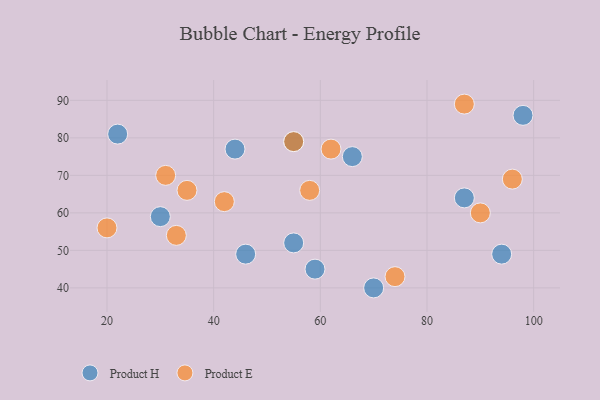
{"axis": {"x": "GDP", "y": "Life Expectancy"}, "legend": ["Product E", "Product H"], "data": [{"x": "30", "y": 59, "type": "Product H"}, {"x": "94", "y": 49, "type": "Product H"}, {"x": "46", "y": 49, "type": "Product H"}, {"x": "66", "y": 75, "type": "Product H"}, {"x": "22", "y": 81, "type": "Product H"}, {"x": "55", "y": 79, "type": "Product H"}, {"x": "55", "y": 52, "type": "Product H"}, {"x": "44", "y": 77, "type": "Product H"}, {"x": "98", "y": 86, "type": "Product H"}, {"x": "87", "y": 64, "type": "Product H"}, {"x": "59", "y": 45, "type": "Product H"}, {"x": "70", "y": 40, "type": "Product H"}, {"x": "55", "y": 79, "type": "Product E"}, {"x": "62", "y": 77, "type": "Product E"}, {"x": "31", "y": 70, "type": "Product E"}, {"x": "58", "y": 66, "type": "Product E"}, {"x": "35", "y": 66, "type": "Product E"}, {"x": "90", "y": 60, "type": "Product E"}, {"x": "87", "y": 89, "type": "Product E"}, {"x": "42", "y": 63, "type": "Product E"}, {"x": "74", "y": 43, "type": "Product E"}, {"x": "33", "y": 54, "type": "Product E"}, {"x": "96", "y": 69, "type": "Product E"}, {"x": "20", "y": 56, "type": "Product E"}]}